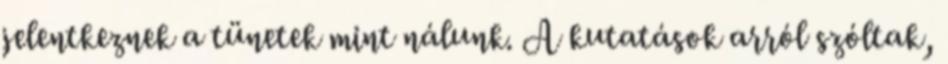
jelentkeznek a tünetek mint nálunk. A kutatások arról szóltak,